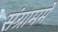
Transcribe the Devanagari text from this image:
संग्राममे